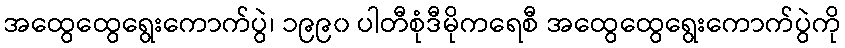
အထွေထွေရွေးကောက်ပွဲ၊ ၁၉၉၀ ပါတီစုံဒီမိုကရေစီ အထွေထွေရွေးကောက်ပွဲကို